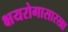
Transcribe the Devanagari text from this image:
क्षयरोगासारखा